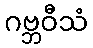
ဂဗ္ဘဝီသံ